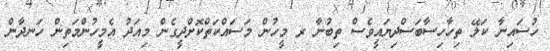
ހުސައިނާ ކަލޭ ތިހާހިސާބަސްދިޔައީވެސް ތިބުނާ ރ މީހުން މަސައްކަތްކޮށްދީގެން މިއަދު އެމީހުންމަތިން ހަނދާން